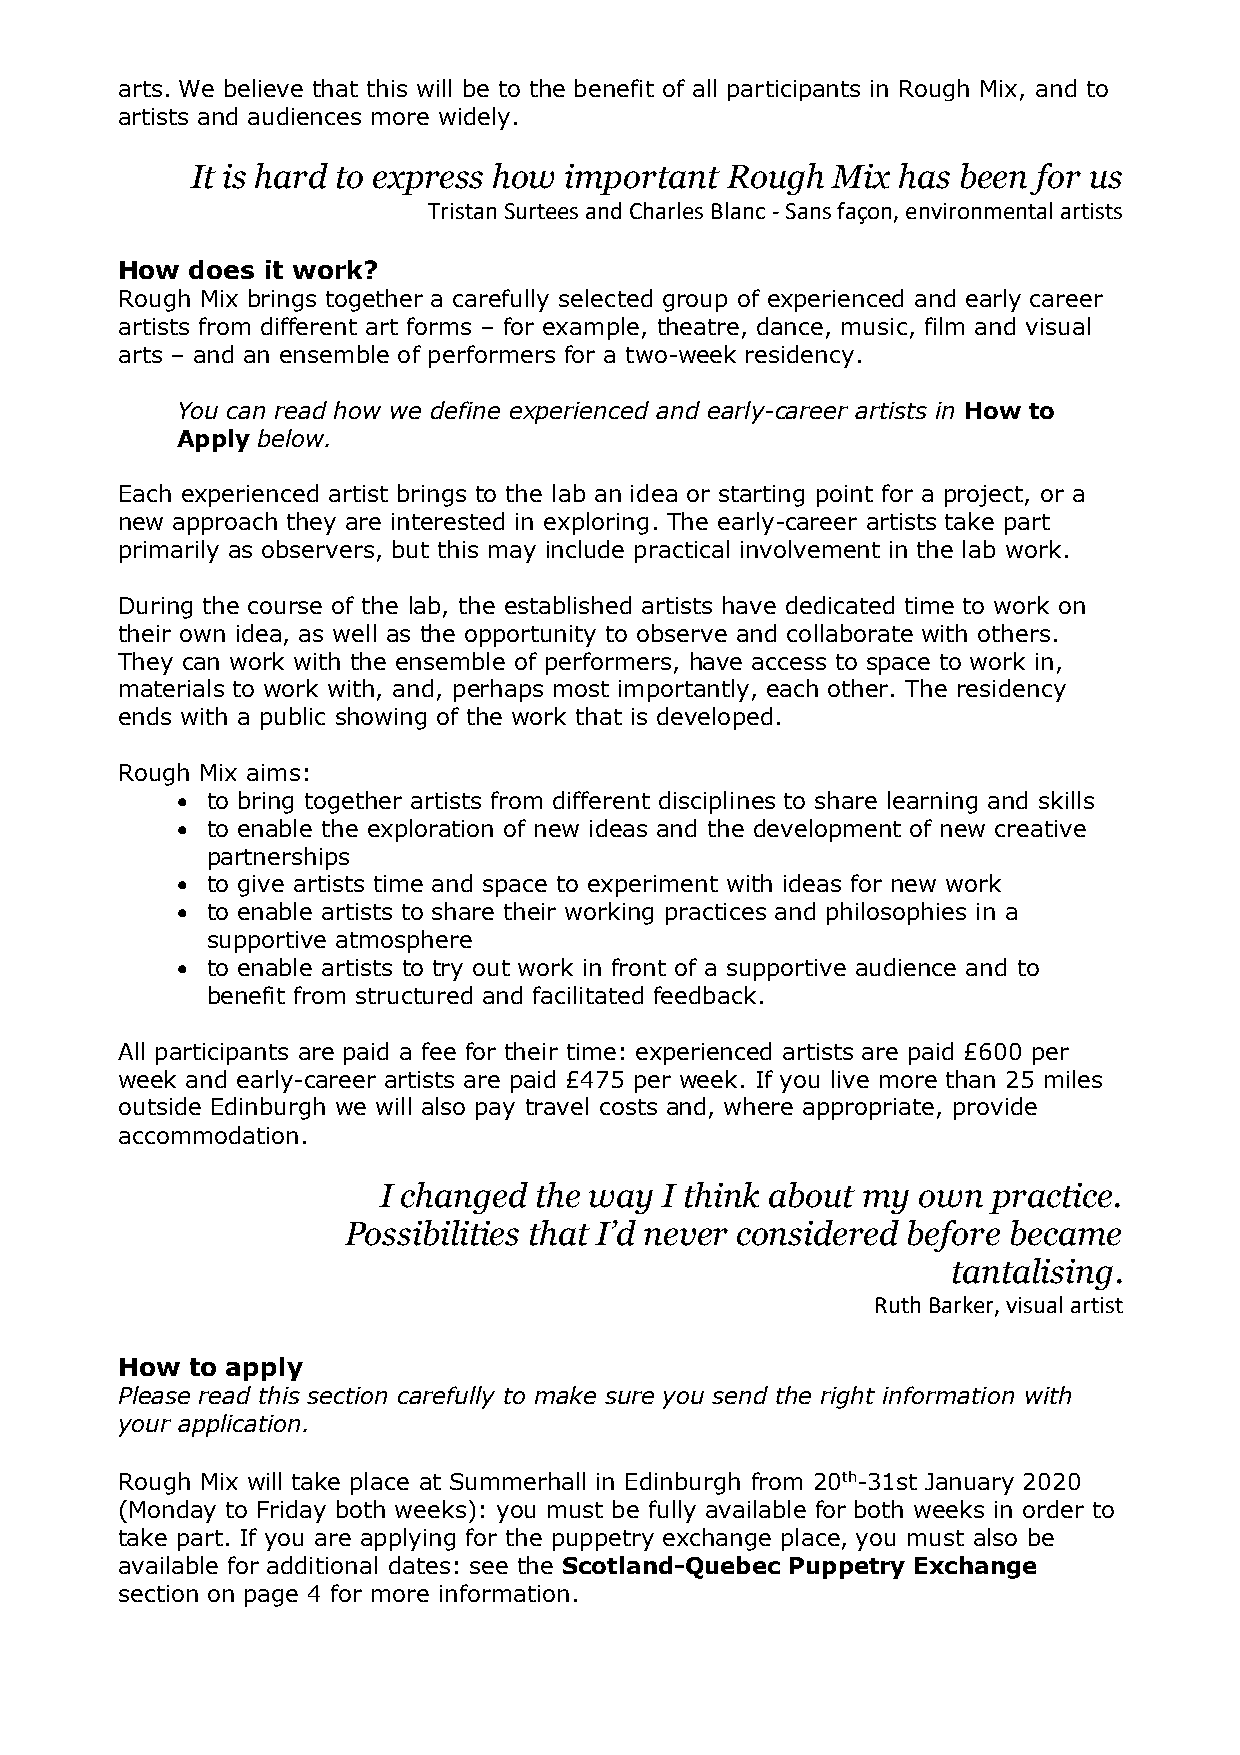
arts. We believe that this will be to the benefit of all participants in Rough Mix, and to
 artists and audiences more widely.
 It is hard to express how important Rough Mix has been  for us
 Tristan Surtees and Charles Blanc - Sans façon, environmental artists
 How  does it work?
 Rough Mix brings together a carefully selected group of experienced and early career
 artists from different art forms – for example, theatre, dance, music, film and visual
 arts – and an ensemble of performers for a two-week residency.
 You can read how we define experienced and early-career artists in How to
 Apply below.
 Each experienced artist brings to the lab an idea or starting point for a project, or a
 new approach they are interested in exploring. The early-career artists take part
 primarily as observers, but this may include practical involvement in the lab work.
 During the course of the lab, the established artists have dedicated time to work on
 their own idea, as well as the opportunity to observe and collaborate with others.
 They can work with the ensemble of performers, have access to space to work in,
 materials to work with, and, perhaps most importantly, each other. The residency
 ends with a public showing of the work that is developed.
 Rough Mix aims:
 • to bring together artists from different disciplines to share learning and skills
 • to enable the exploration of new ideas and the development of new creative
 partnerships
 • to give artists time and space to experiment with ideas for new work
 • to enable artists to share their working practices and philosophies in a
 supportive atmosphere
 • to enable artists to try out work in front of a supportive audience and to
 benefit from structured and facilitated feedback.
 All participants are paid a fee for their time: experienced artists are paid £600 per
 week and early-career artists are paid £475 per week. If you live more than 25 miles
 outside Edinburgh we will also pay travel costs and, where appropriate, provide
 accommodation.
 I changed the way  I think about my own  practice.
 Possibilities that I’d never considered before became
 tantalising.
 Ruth Barker, visual artist
 How  to apply
 Please read this section carefully to make sure you send the right information with
 your application.
 Rough Mix will take place at Summerhall in Edinburgh from 20th-31st January 2020
 (Monday to Friday both weeks): you must be fully available for both weeks in order to
 take part. If you are applying for the puppetry exchange place, you must also be
 available for additional dates: see the Scotland-Quebec Puppetry Exchange
 section on page 4 for more information.